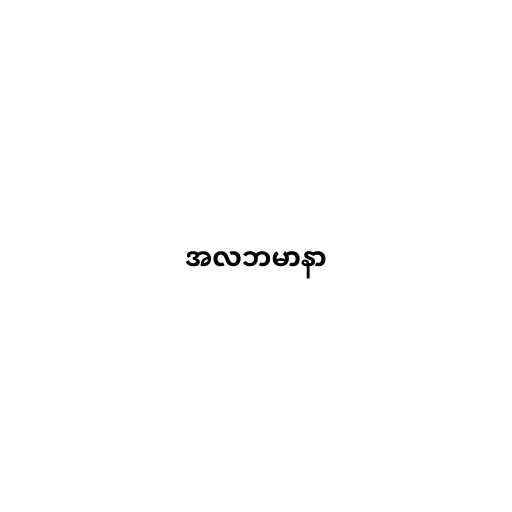
အလဘမာနာ